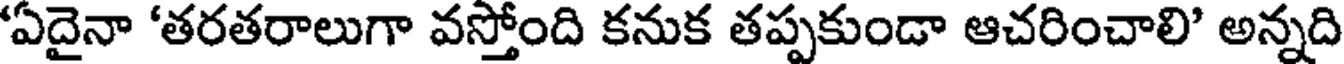
'ఏదైనా 'తరతరాలుగా వస్తోంది కనుక తప్పకుండా ఆచరించాలి' అన్నది